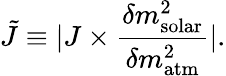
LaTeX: \tilde{J}\equiv|J\times\frac{\delta m_{\mathrm{solar}}^{2}}{\delta m_{\mathrm{atm}}^{2}}|.